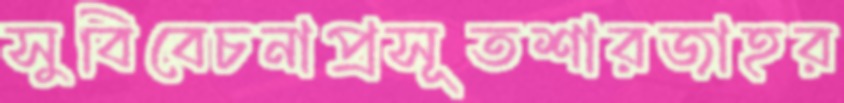
সুবিবেচনাপ্রসূতশারজাহর